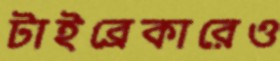
টাইব্রেকারেও